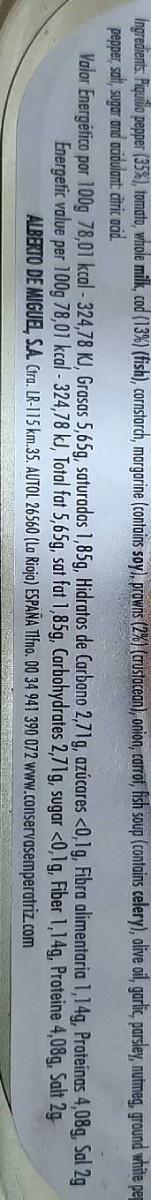
Ingredients. Piquilo pepper (35%), tomato, whole millk, cod (13%) (fish), cornstarch, margarine (contains soy), prawns (2%) (crustacean), onion, carrof, fish soup (contains celery), olive oil, garlic, parsley, nutmeg, ground white pe
pepper, salt, sugar and acidulant; citric acid.
Valor Energéfico por 100g 78,01 kcal-324,78 KJ, Grasas 5,65g, saturadas 1,85g, Hidratos de Carbono 2,71g, azúcares <0,1g, Fibra alimentaria 1,14g, Proteinas 4,08g, Sal 2g Energetic value per 100g 78,01 kcal - 324,78 kJ, Total fat 5,65g, sat fat 1,85g, Carbohydrates 2,71g, sugar <0,1g, Fiber 1,14g, Proteine 4,08g, Salt 2g ALBERTO DE MIGUEL SA Ctra. LR-I15 km.35. AUTOL 26560 (La Rioja) ESPAÑA TIfno. 00 34 941 390 072 www.conservasemperatriz.com